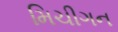
મિચીગન